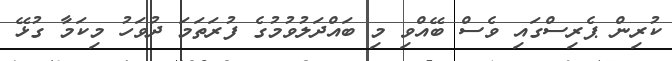
ކުރިން ޕެރިސްގައި ވެސް ބޭއްވި މި ބައްދަލުވުމުގެ ފުރަތަމަ ދުވަހު މިކަމާ ގުޅޭ